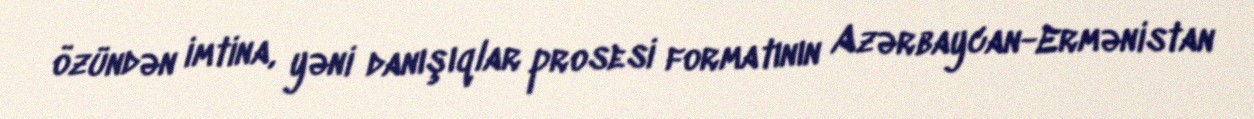
özündən imtina, yəni danışıqlar prosesi formatının Azərbaycan-Ermənistan